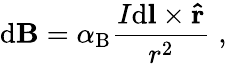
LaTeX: \mathrm{d}\mathbf{{B}}=\alpha_{\mathrm{{{B}}}}{\frac{{I\mathrm{d}\mathbf{{l}}\times\mathbf{{\hat{{r}}}}}}{{r^{2}}}}\; ,